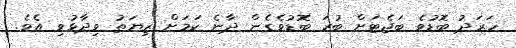
ހަރަދު ބޮޑުވެ ބަޖެޓަށް ބުރަ ބޮޑުވެގެން ދާނެ ކަމަށް ޒިޔަތު ވިދާޅުވި އެވެ.